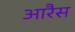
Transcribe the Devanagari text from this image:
आरैस